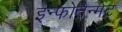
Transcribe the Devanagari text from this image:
इन्फोतैन्मेंट